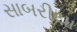
સાબરીયા